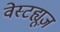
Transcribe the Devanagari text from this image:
वेस्टह्यूज़